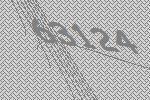
63124